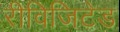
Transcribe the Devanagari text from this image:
रीविजिटेड